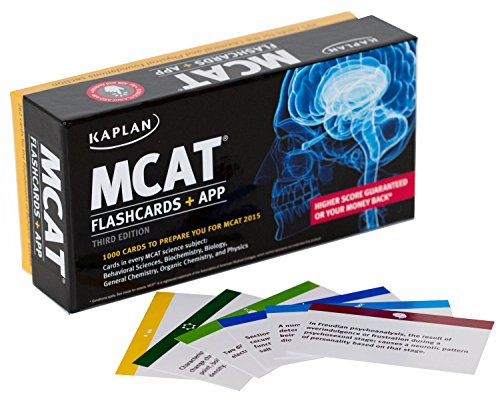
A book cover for Kaplan MCAT Flashcards + App (Kaplan Test Prep); Kaplan; Test Preparation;